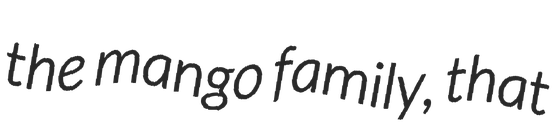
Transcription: the mango family, that